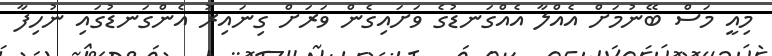
މިއީ މަސް ބޭނުމަށް އެއްލާ އެއްގަނޑުގެ ވަށައިގެން ވަރަށް ގިނައިރު އެންގަނޑުގައި ނުހިފާ